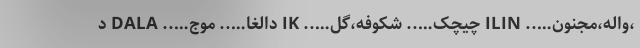
،واله،مجنون….. ILIN چیچک….. شکوفه،گل….. IK دالغا….. موج….. DALA د